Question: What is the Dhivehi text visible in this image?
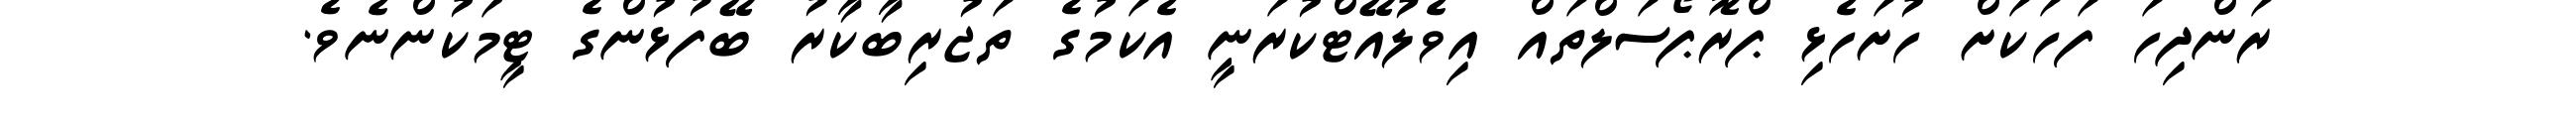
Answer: ރަންދިހަ ފަހަކަށް ހުށަހެޅި ޕްރޮޕޯސަލްތައް އިވެލުއޭޓްކުރަނީ އެކަމުގެ ތަޖުރިބާކާރު ބޭފުޅުންގެ ޓީމަކުންނެވެ.